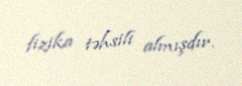
fizika təhsili almışdır.